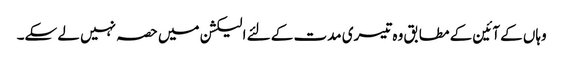
وہاں کے آئین کے مطابق وہ تیسری مدت کے لئے الیکشن میں حصہ نہیں لے سکے۔